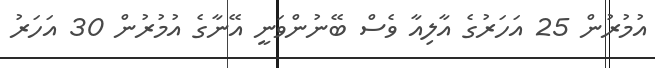
އުމުރުން 25 އަހަރުގެ އާލިއާ ވެސް ބޭނުންވަނީ އޭނާގެ އުމުރުން 30 އަހަރު